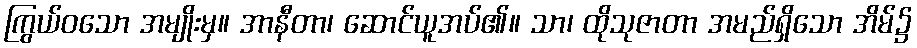
ကြွယ်ဝသော အမျိုးမှ။ အာနီတာ၊ ဆောင်ယူအပ်၏။ သာ၊ ထိုသုဇာတာ အမည်ရှိသော အိမ်၌